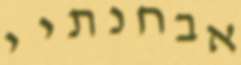
אבחנתיי